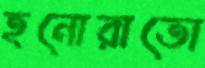
হনোরাতো